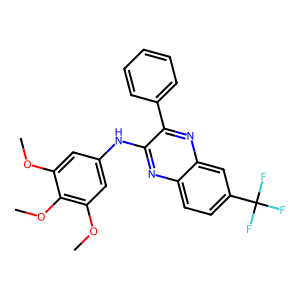
SMILES: COc1cc(Nc2nc3ccc(C(F)(F)F)cc3nc2-c2ccccc2)cc(OC)c1OC
Inhibits HIV replication: No